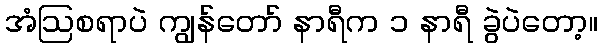
အံဩစရာပဲ ကျွန်တော် နာရီက ၁ နာရီ ခွဲပဲတော့။